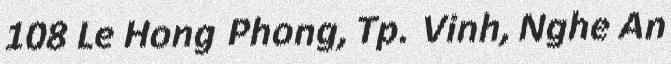
108 Le Hong Phong, Tp. Vinh, Nghe An